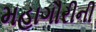
મહાગૌરીની